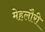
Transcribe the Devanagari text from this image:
मेहलौरी